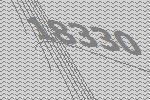
18330